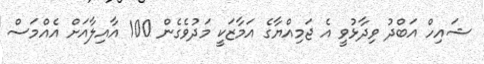
ޝައިހް އަބްދު ވިދާޅުވީ އެ ޖަމިއްޔާގެ އަމާޒަކީ މަދުވެގެން 100 އާއިލާއަށް އެއްމަސް